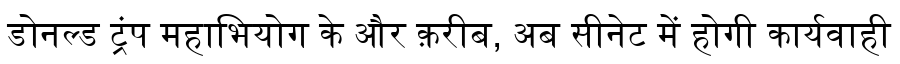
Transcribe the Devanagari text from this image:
डोनल्ड ट्रंप महाभियोग के और क़रीब, अब सीनेट में होगी कार्यवाही